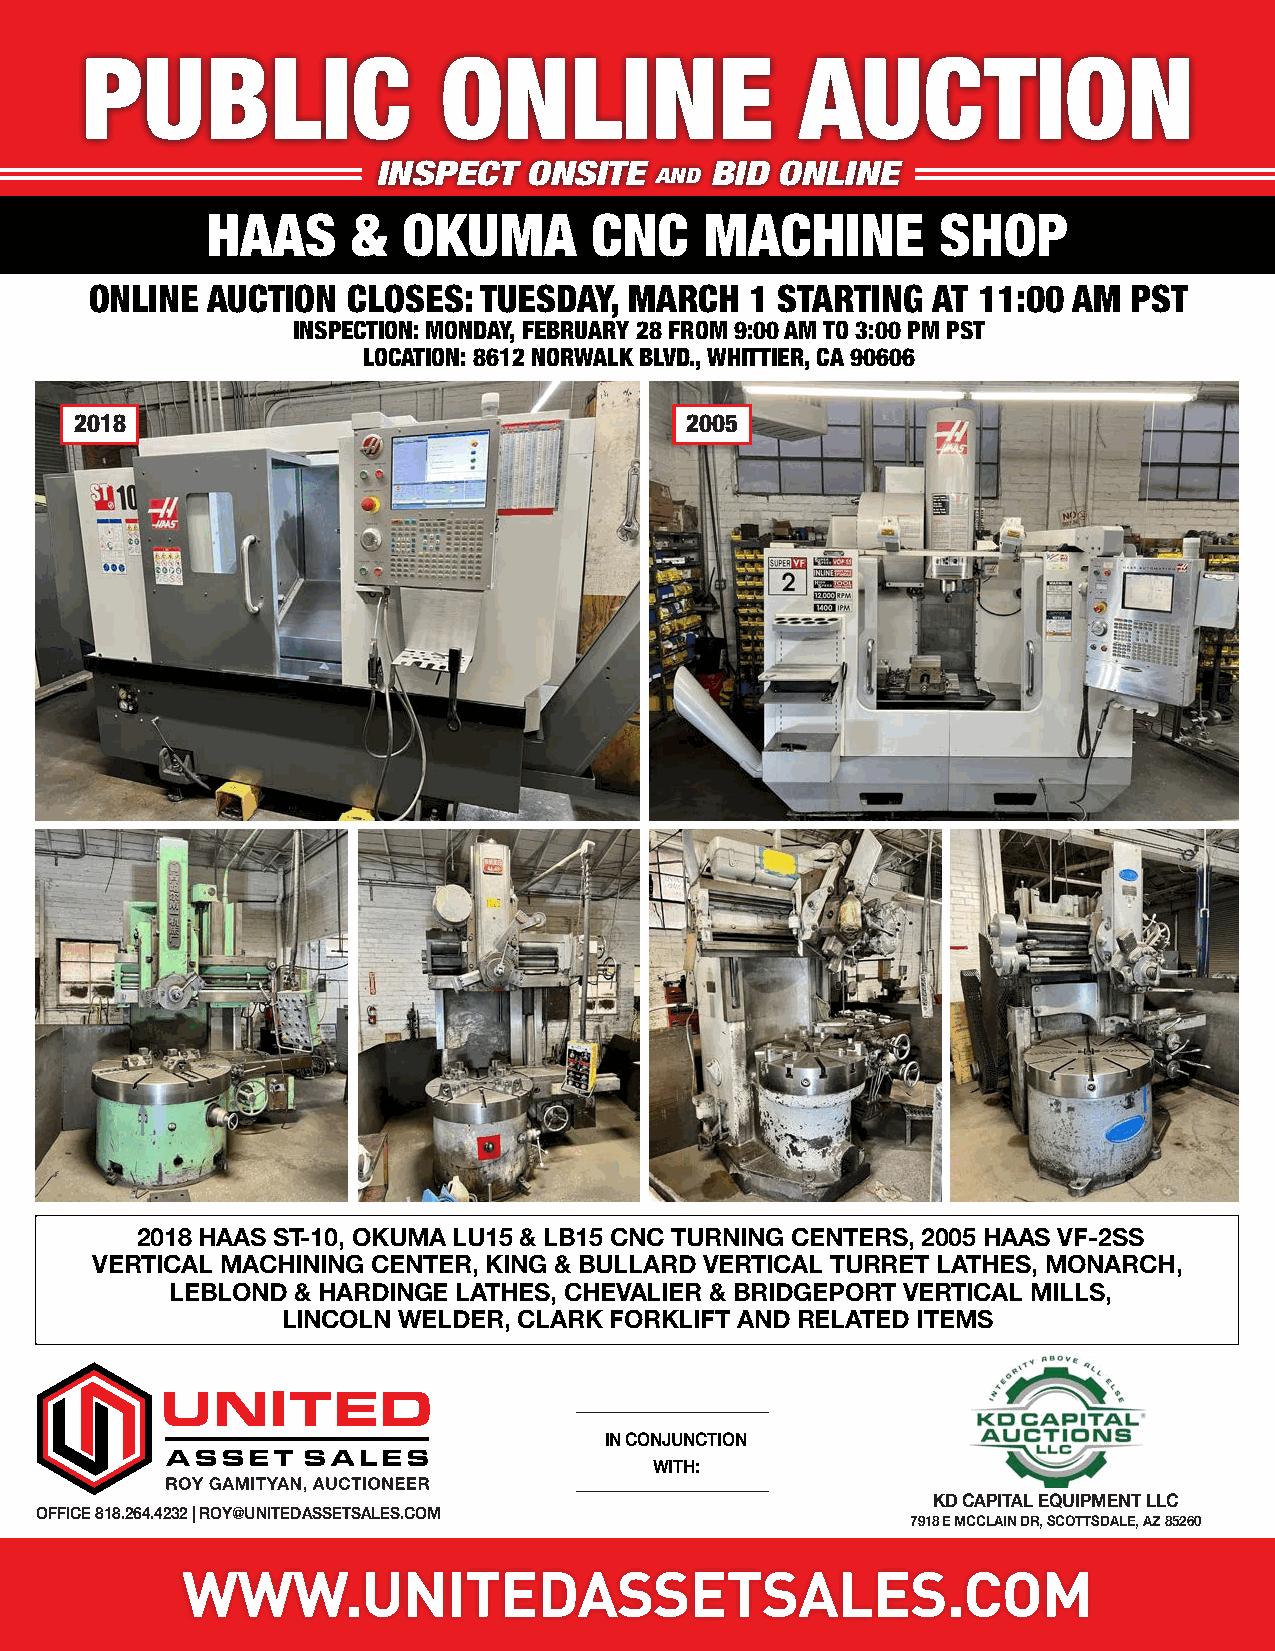
PUBLIC                  ONLINE                  AUCTION
 INSPECT   ONSITE  AND BID ONLINE
 HAAS     &   OKUMA       CNC     MACHINE        SHOP
 ONLINE  AUCTION  CLOSES:  TUESDAY,  MARCH   1 STARTING  AT 11:00 AM  PST
 INSPECTION: MONDAY, FEBRUARY 28 FROM 9:00 AM TO 3:00 PM PST
 LOCATION: 8612 NORWALK BLVD., WHITTIER, CA 90606
 2018                                    2005
 2018 HAAS ST-10, OKUMA LU15 & LB15 CNC TURNING CENTERS, 2005 HAAS VF-2SS
 VERTICAL MACHINING CENTER, KING & BULLARD VERTICAL TURRET LATHES, MONARCH,
 LEBLOND & HARDINGE LATHES, CHEVALIER & BRIDGEPORT VERTICAL MILLS,
 LINCOLN WELDER, CLARK FORKLIFT AND RELATED ITEMS
 IN CONJUNCTION
 WITH:
 KD CAPITAL EQUIPMENT LLC
 OFFICE 818.264.4232 | ROY@UNITEDASSETSALES.COM
 7918 E MCCLAIN DR, SCOTTSDALE, AZ 85260
 WWW.UNITEDASSETSALES.COM